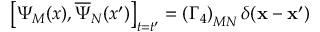
\left[ \Psi _ { M } ( x ) , \overline { { { \Psi } } } _ { N } ( x ^ { \prime } ) \right] _ { t = t ^ { \prime } } = \left( \Gamma _ { 4 } \right) _ { M N } \delta ( \mathbf { x } - \mathbf { x } ^ { \prime } )